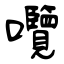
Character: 囕